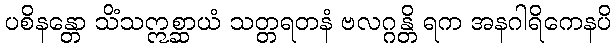
ပစိနန္တော သိံသဣစ္ဆာယံ သတ္တရတနံ ဗလဂ္ဂန္တိ ရက အနဂါရိကေနပိ